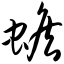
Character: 蟾